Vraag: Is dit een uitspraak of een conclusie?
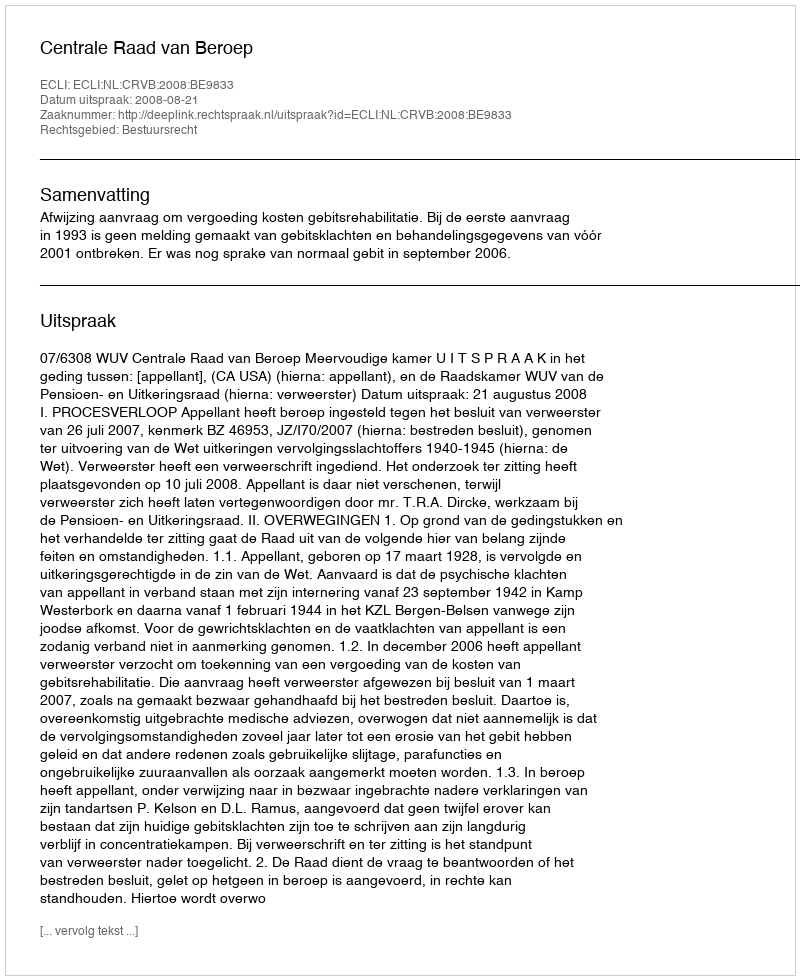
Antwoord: Uitspraak